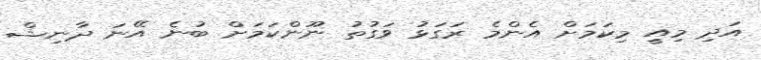
އަދި މިއީ މިކަމަށް އެންމެ ރަގަޅު ވަގުތު ނޫންކަމަށް ބުނެ އޭނަ ދާނިޝް